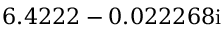
6 . 4 2 2 2 - 0 . 0 2 2 2 6 8 \mathrm { i }